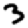
Digit: 3